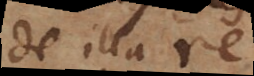
de illa re